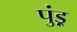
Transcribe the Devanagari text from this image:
पुंड़्र